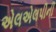
એલએલપીની